Bréfritari: Jakobína Jónsdóttir
Viðtakandi: Sólveig Jónsdóttir
Dagsetning: A-1880-09-21
Skrifað á: Bessastöðum  Gull.
systir bréfviðtakanda

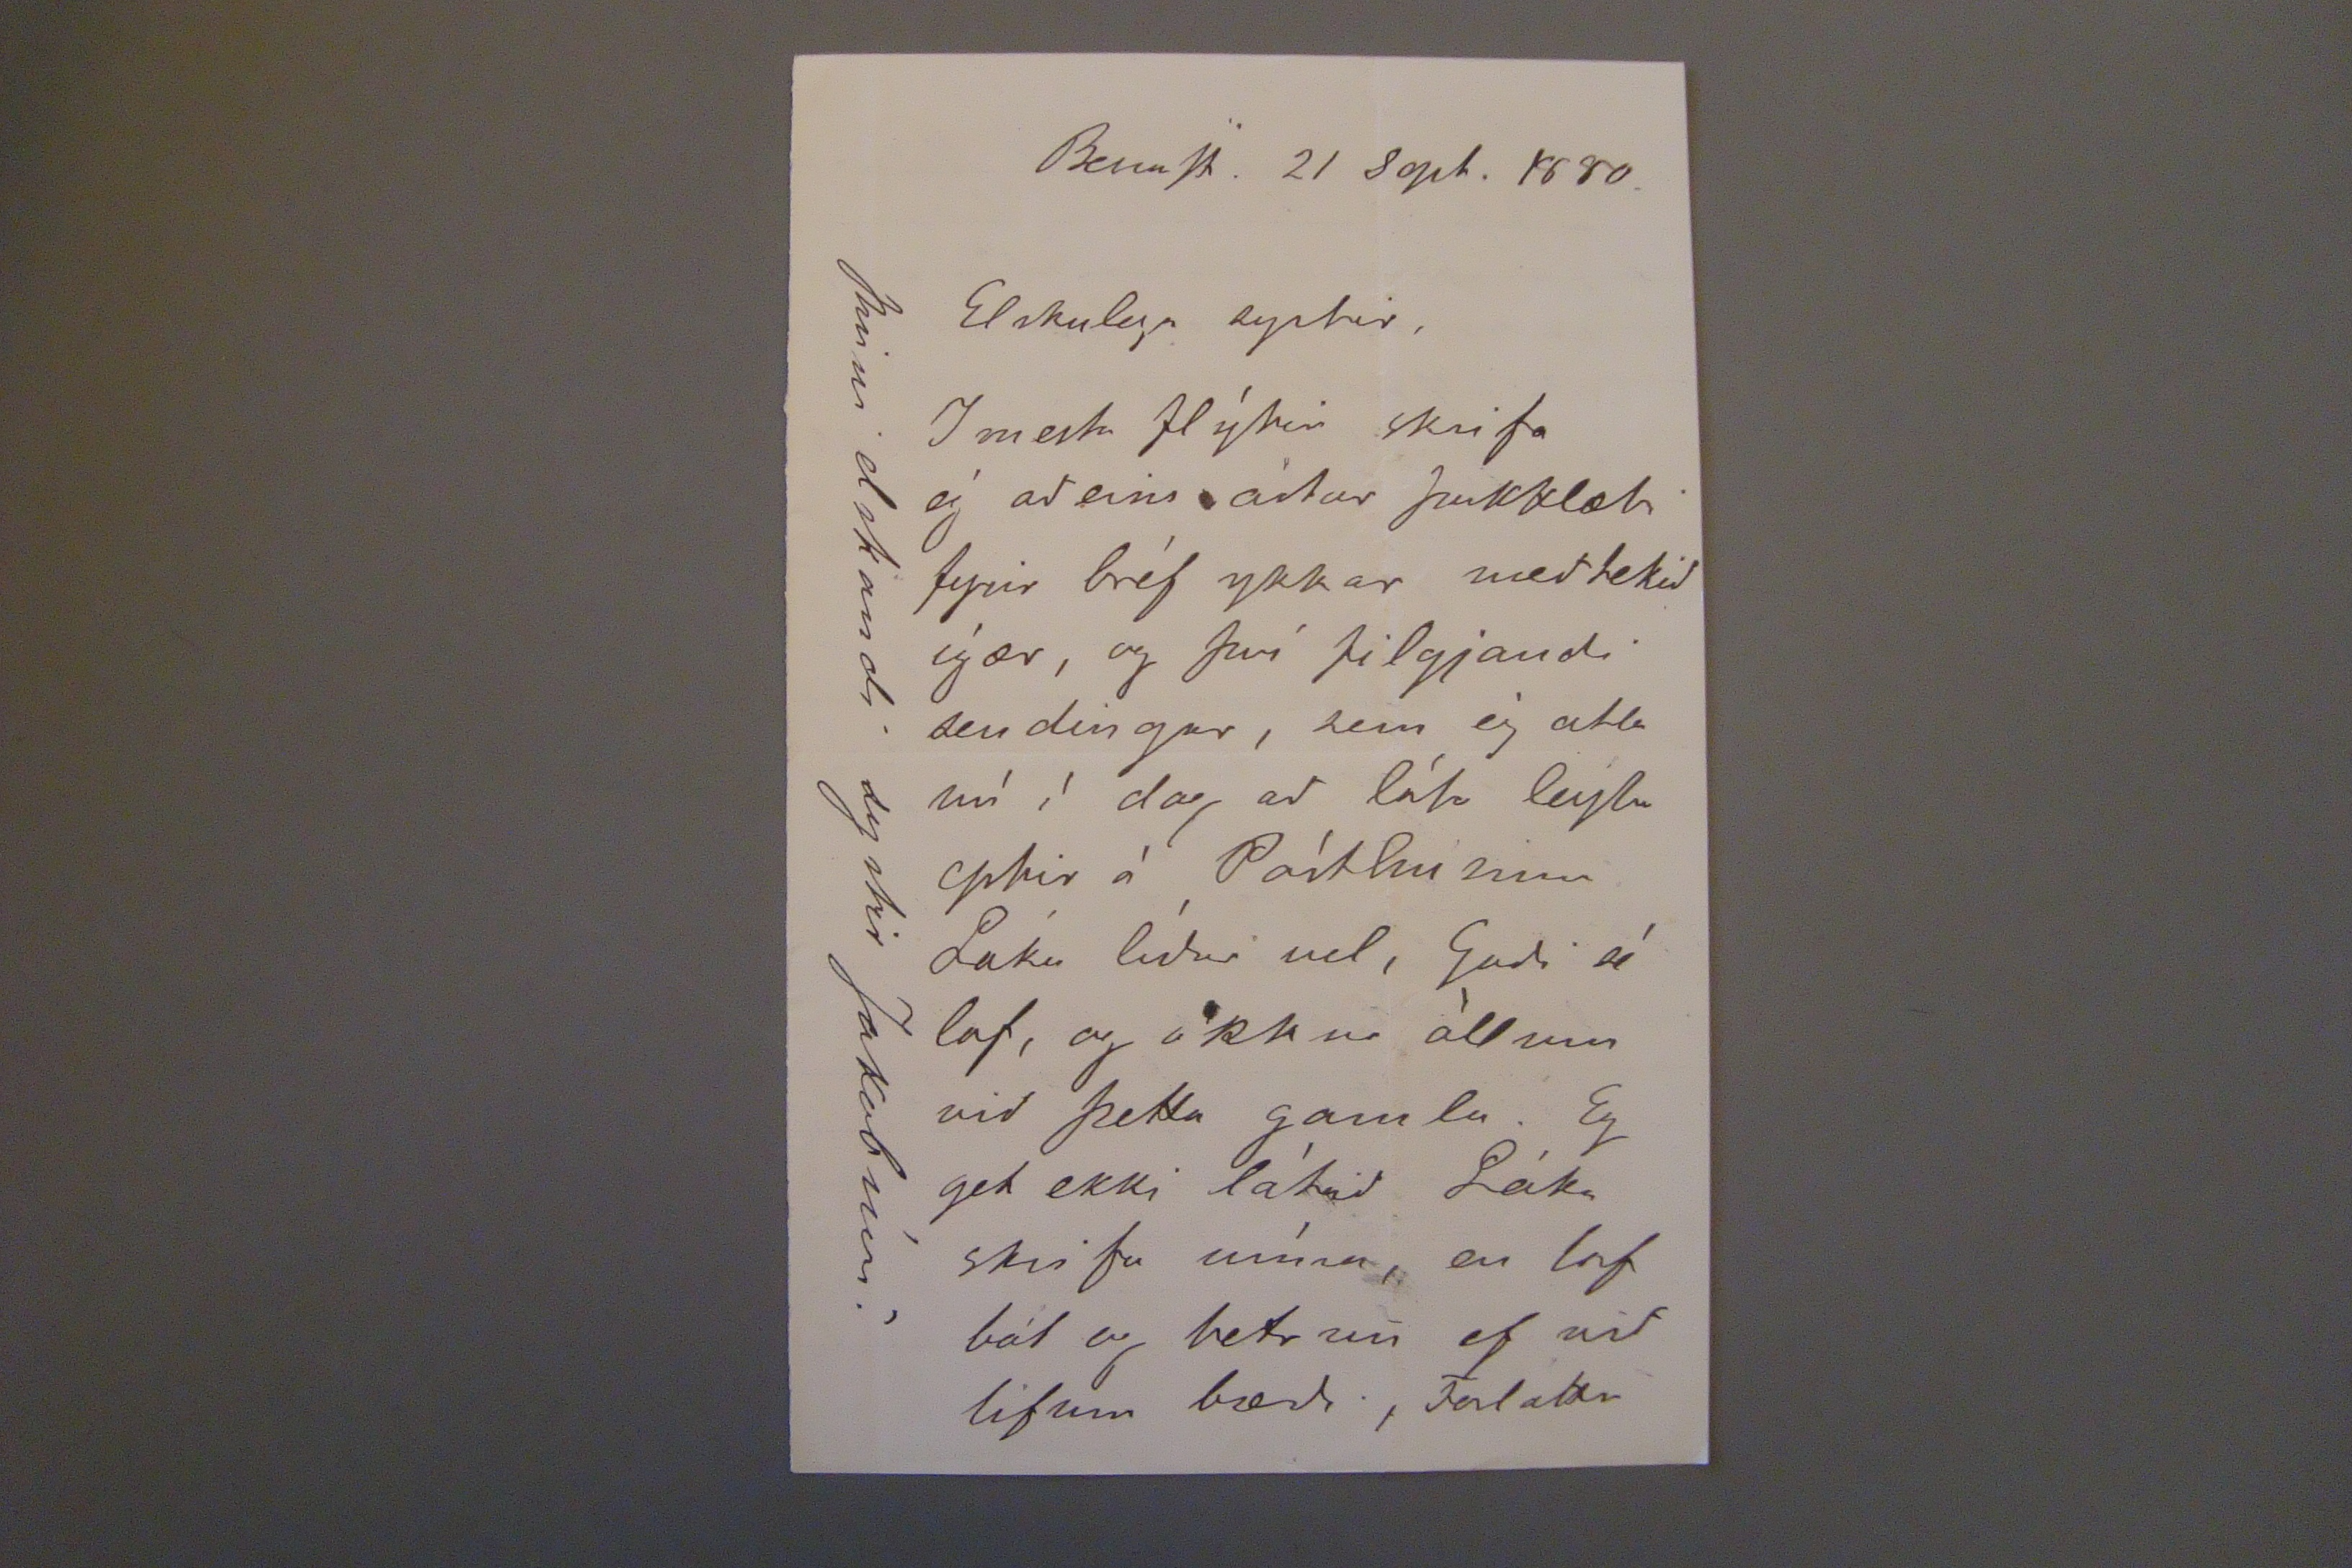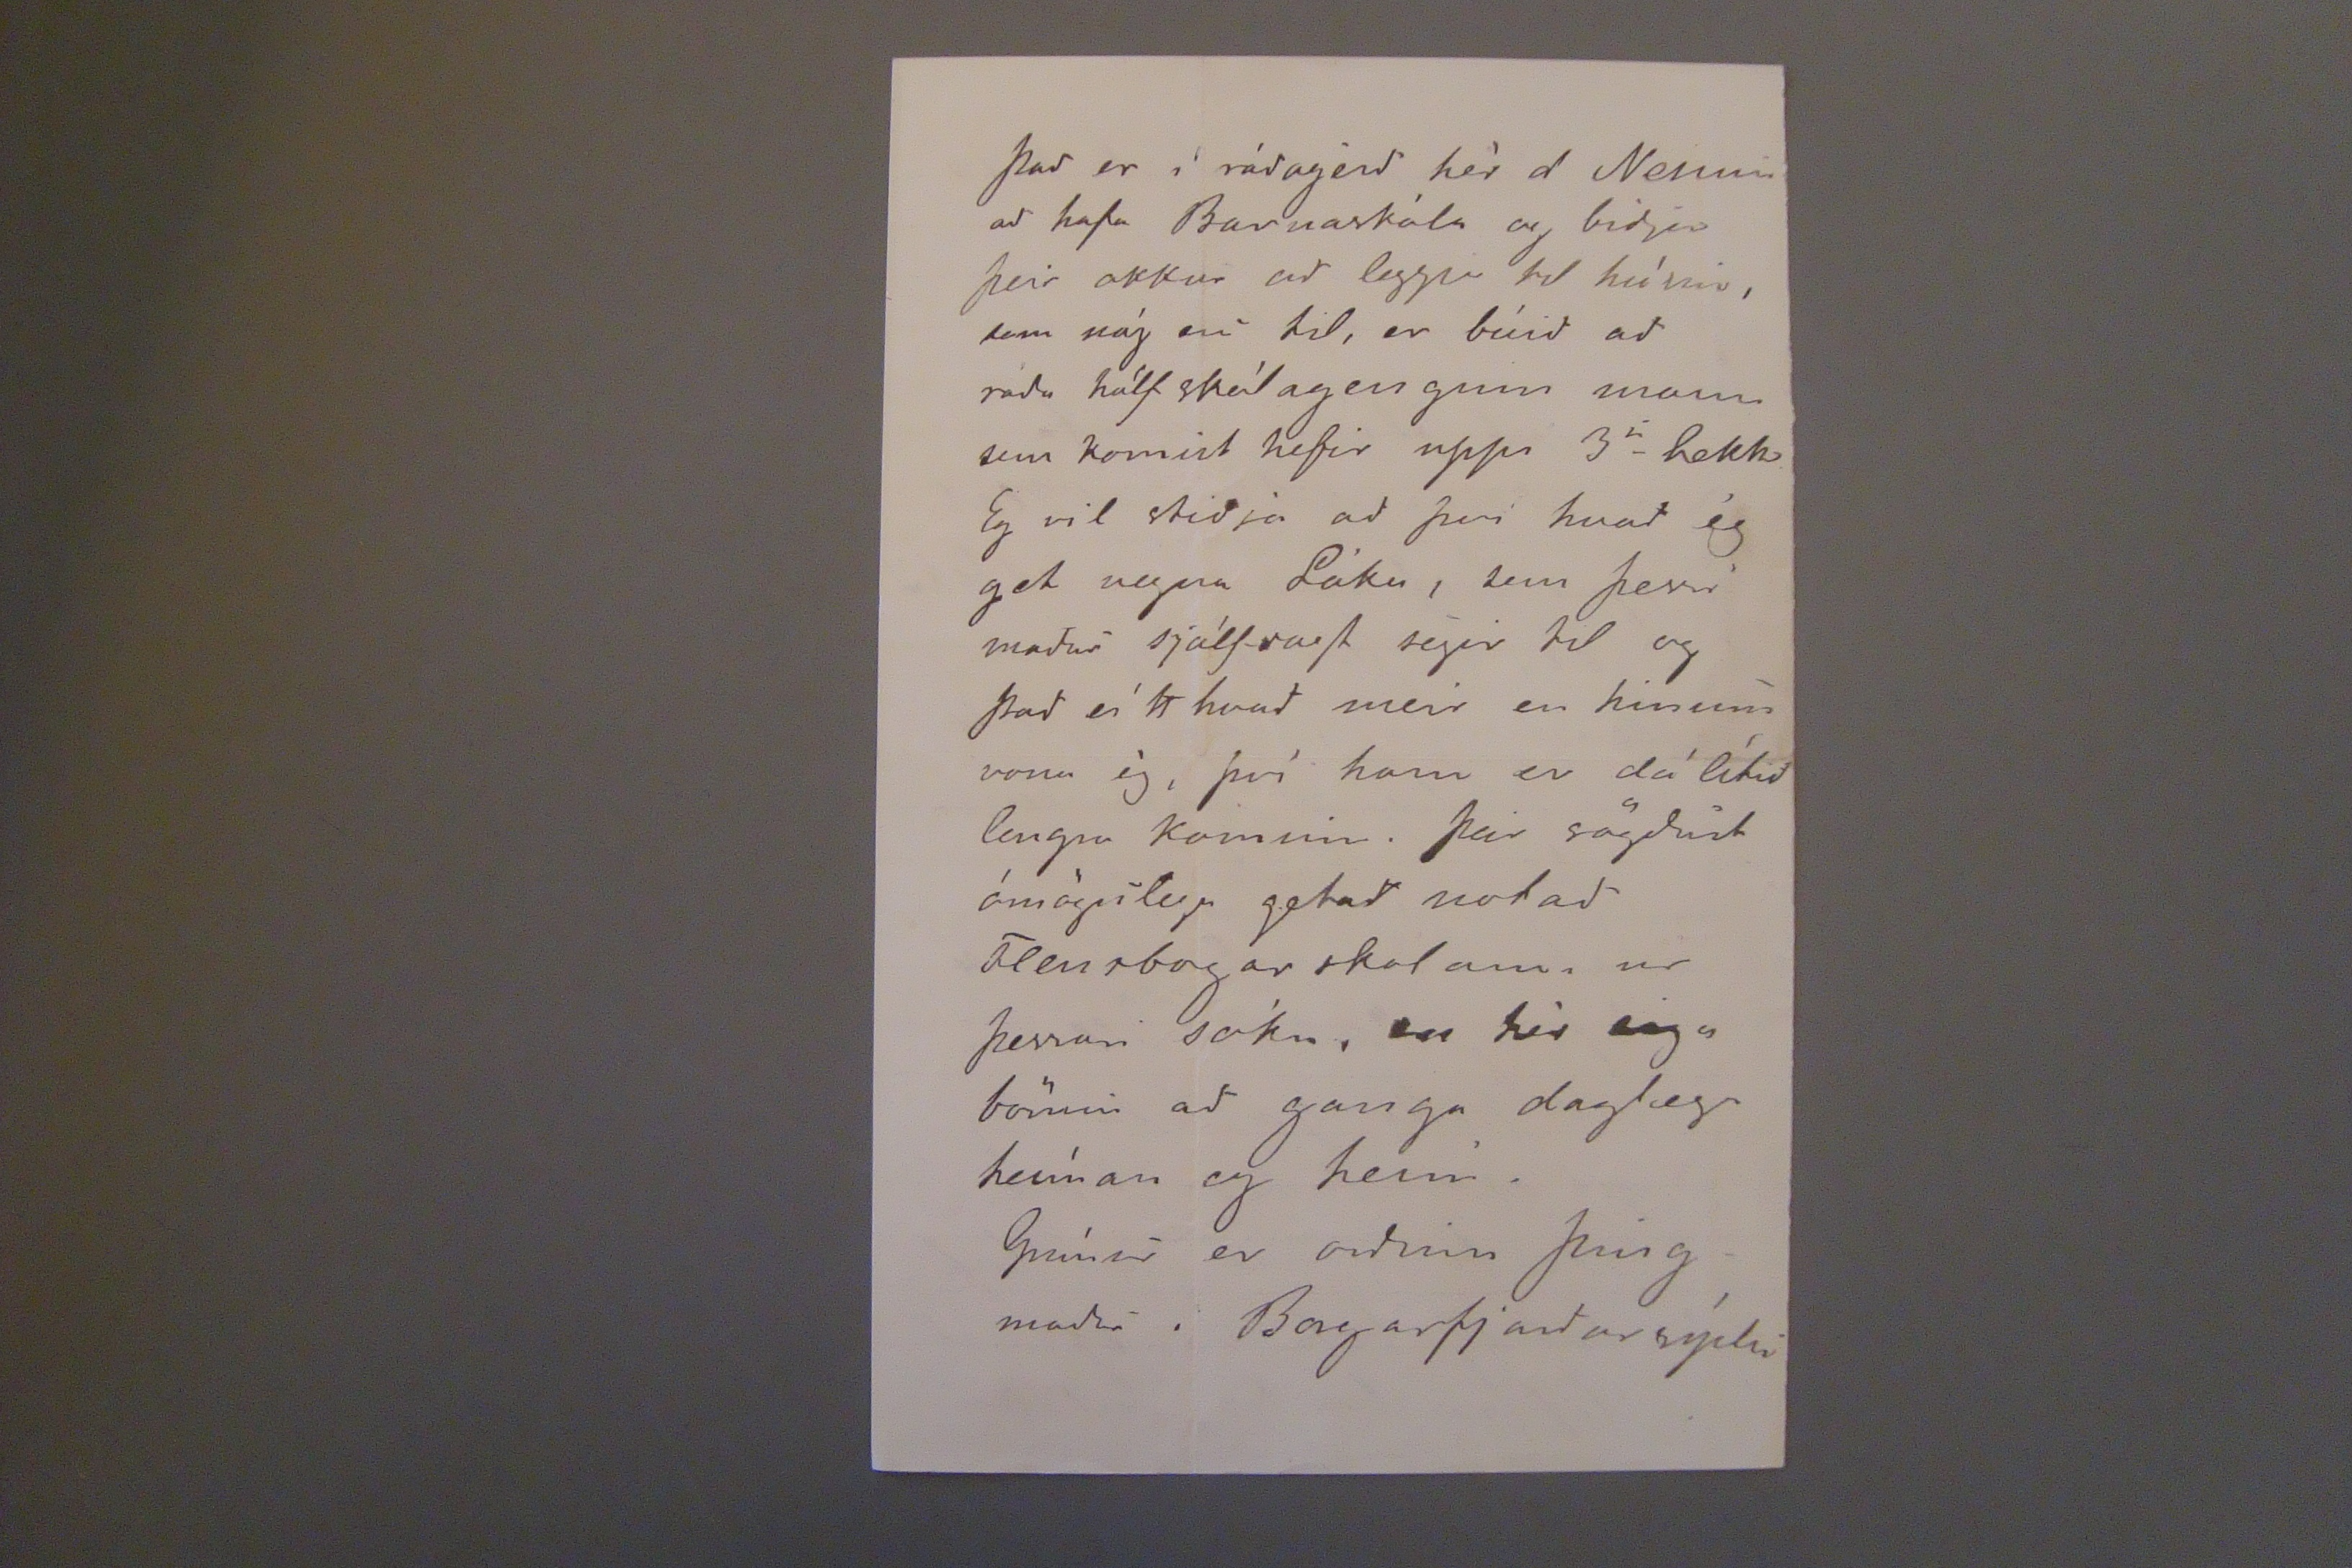

BessaSt. 21 Sept. 1880.
Elskulega systir,
I mesta flýtir skrifa ég adeins ástar þakklæti fyrir bréf ykkar medtekid ígær, og því filgjandi sendingar, sem ég ætla nú í dag ad láta leyfa eptir á Pósthusinu Láka lidur vel, Gudi sé lof, og okkur öllum vid þetta gamla. Eg get ekki látid Láka skrifa núna, en lof bál og betrum ef vid lifum bædi, Forláttu
Þinni elskandi systir Jakobínu.
Þad er í radagerd hér á Nesinu ad hafa Barnaskóla og bidja þeir okkur ad leggja til húsins, sem nóg eru til, er búid ad ráda hálf skólagenginn mann sem komist hefir upp 3
a
bekk. Eg vil stidja ad þvi hvad ég get vegna Láka, sem þessi madur sjálfsagt segir til og þad eítthvad meir en hinum vona ég, því hann er dálítid lengar kominn. þeir sögdust ómögulega getad notad Flensbogarskolann ur þessari sókn, en hér eiga börnin ad ganga daglega heíman og heim.
Grímur er ordinn þingmadur i Borgarfjardarsýslu